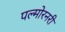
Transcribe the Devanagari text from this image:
पल्मोरनरी